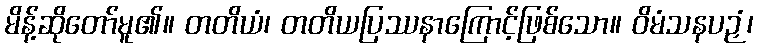
မိန့်ဆိုတော်မူ၏။ တတိယံ၊ တတိယပြဿနာကြောင့်ဖြစ်သော။ ဝိမံသနပဉှံ၊